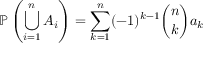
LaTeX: \mathbb { P } \left( \bigcup _ { i = 1 } ^ { n } A _ { i } \right) = \sum _ { k = 1 } ^ { n } ( - 1 ) ^ { k - 1 } { \binom { n } { k } } a _ { k }